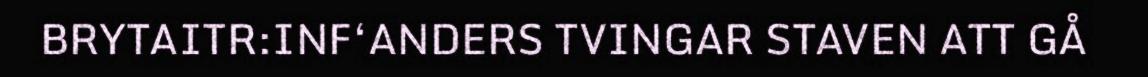
BRYTAITR:INF‘ANDERS TVINGAR STAVEN ATT GÅ